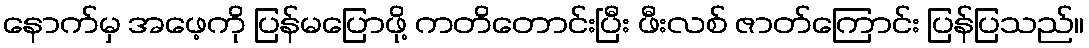
နောက်မှ အဖေ့ကို ပြန်မပြောဖို့ ကတိတောင်းပြီး ဖီးလစ် ဇာတ်ကြောင်း ပြန်ပြသည်။